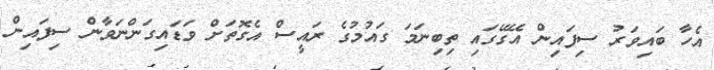
އެހާ ބައިވަރު ސިފައިން އޭގޭގައި ތިބިނަމަ ގައުމުގެ ރައީސް އެގޮތަށް ވަޑައިގަންނަވާން ސިފައިން